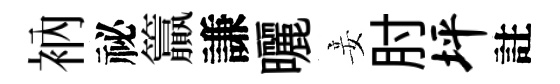
衲祕籯謙曬妾肘坪註